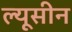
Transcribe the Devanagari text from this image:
ल्यूसीन